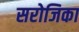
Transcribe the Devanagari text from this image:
सरोजिका